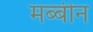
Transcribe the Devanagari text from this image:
मब्बीन